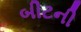
બીટની